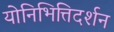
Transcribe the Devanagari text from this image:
योनिभित्तिदर्शन